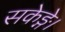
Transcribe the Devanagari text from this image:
सकेङ्गे।